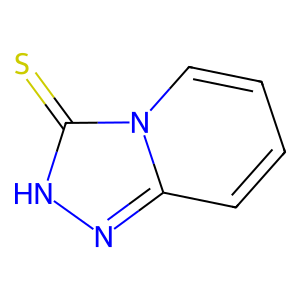
SMILES: S=c1[nH]nc2ccccn12
Inhibits HIV replication: No